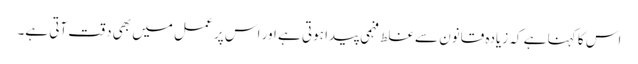
اس کا کہنا ہے کہ زیادہ قانون سے غلط فہمی پیدا ہوتی ہے اور اس پر عمل میں بھی دقت آتی ہے۔